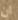
ان